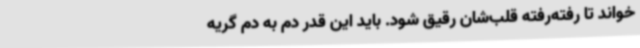
خواند تا رفته‌رفته قلب‌شان رقیق شود. باید این‌ قدر دم به دم گریه‌